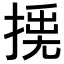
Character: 𢰛